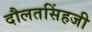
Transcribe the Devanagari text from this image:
दौलतसिंहजी